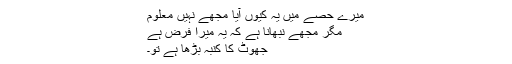
میرے حصے میں یہ کیوں آیا مجھے نہیں معلوم
مگر مجھے نبھانا ہے کہ یہ میرا فرض ہے
جھوٹ کا کنبہ بڑھا ہے تو۔